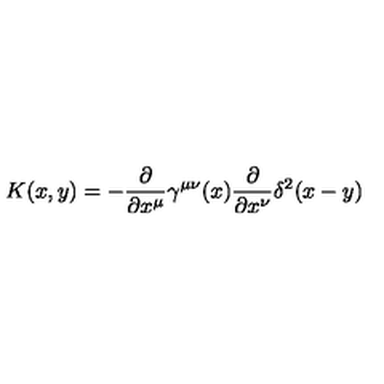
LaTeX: K ( x , y ) = - \frac { \partial } { \partial x ^ { \mu } } \gamma ^ { \mu \nu } ( x ) \frac { \partial } { \partial x ^ { \nu } } \delta ^ { 2 } ( x - y )